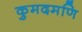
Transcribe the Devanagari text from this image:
कुमदमणि